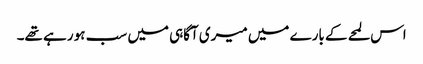
اس لمحے کے بارے میں میری آگاہی میں سب ہو رہے تھے۔